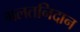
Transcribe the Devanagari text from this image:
गलतनिदान